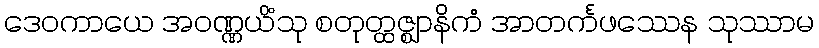
ဒေဝကာယေ အဝဏ္ဏယိံသု စတုတ္ထဇ္ဈာနိကံ အာတင်္ကဖဿေန သုဿာမ